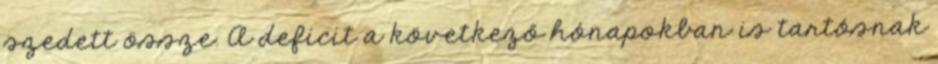
szedett össze. A deficit a következő hónapokban is tartósnak